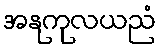
အနုကုလယညံ